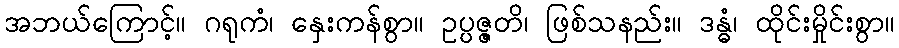
အဘယ်ကြောင့်။ ဂရုကံ၊ နှေးကန်စွာ။ ဥပ္ပဇ္ဇတိ၊ ဖြစ်သနည်း။ ဒန္ဓံ၊ ထိုင်းမှိုင်းစွာ။